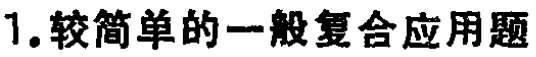
1. 较简单的一般复合应用题